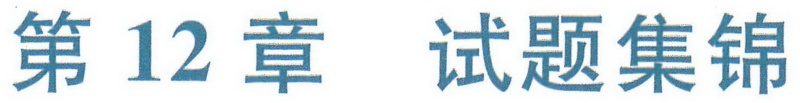
第12章 试题集锦